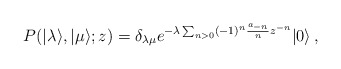
\begin{align*}P(|\lambda\rangle,|\mu\rangle;z)=\delta_{\lambda\mu}e^{-\lambda\sum_{n>0}(-1)^n{a_{-n}\over n}z^{-n}}|0\rangle\,,\end{align*}